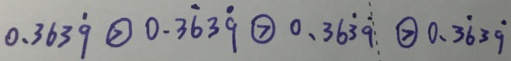
0 . 3 6 3 \dot { 9 } \textcircled { > } 0 . 3 \dot { 6 } 3 \dot { 9 } \textcircled { > } 0 . 3 6 \dot { 3 } \dot { 9 } \textcircled { > } 0 . 3 \dot { 6 } 3 \dot { 9 }